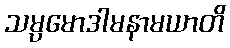
သမ္ပမောဒါမနာမယာတိ